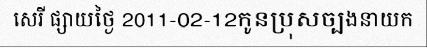
សេរី ផ្សាយថ្ងៃ 2011-02-12កូនប្រុសច្បងនាយក